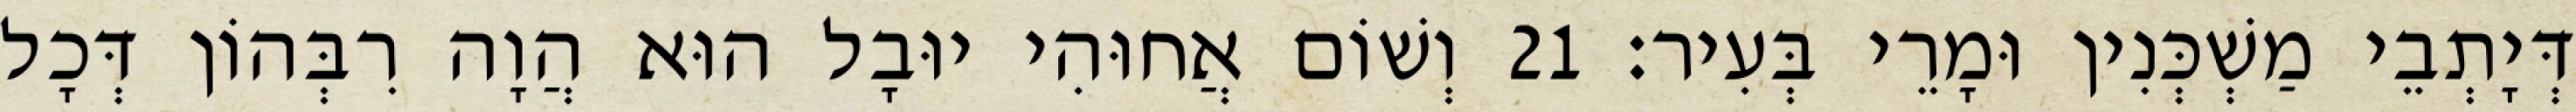
דְּיָתְבֵי מַשְׁכְּנִין וּמָרֵי בְּעִיר׃ 21 וְשׁוֹם אֲחוּהִי יוּבָל הוּא הֲוָה רִבְּהוֹן דְּכָל